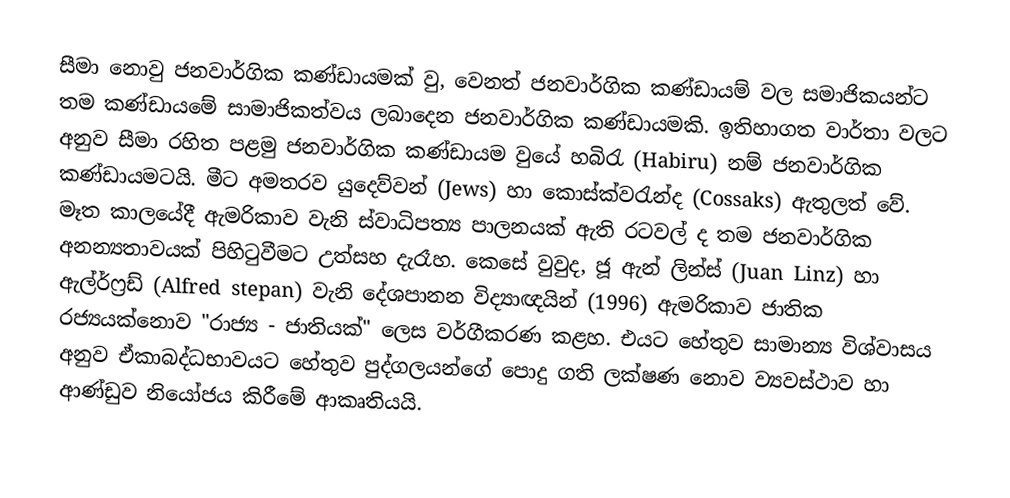
සීමා නොවු ජනවාර්ගික කණ්ඩායමක් වු, වෙනත් ජනවාර්ගික කණ්ඩායම් වල සමාජිකයන්ට තම කණ්ඩායමේ සාමාජිකත්වය ලබාදෙන ජනවාර්ගික කණ්ඩායමකි. ඉතිහාගත වාර්තා වලට අනුව සීමා රහිත පළමු ජනවාර්ගික කණ්ඩායම වුයේ හබිරැ (Habiru)  නම් ජනවාර්ගික කණ්ඩායමටයි. මීට අමතරව යුදෙව්වන් (Jews) හා කොස්ක්වරැන්ද (Cossaks) ඇතුලත් වේ. මෑත කාලයේදී ඇමරිකාව වැනි ස්වාධිපත්‍ය පාලනයක් ඇති රටවල් ද තම ජනවාර්ගික අනන්‍යතාවයක් පිහිටුවීමට උත්සහ දැරෑහ. කෙසේ වුවුද, ජූ ඇන් ලින්ස්  (Juan  Linz) හා ඇල්ර්ෆ්‍රඩ් (Alfred stepan) වැනි දේශපානන විද්‍යාඥයින් (1996) ඇමරිකාව ජාතික රජ්‍යයක්‍‍නොව "රාජ්‍ය - ජාතියක්" ලෙස වර්ගීකරණ කළහ. එයට හේතුව සාමාන්‍ය විශ්වාසය අනුව ඒකාබද්ධභාවයට හේතුව පුද්ගලයන්ගේ පොදු ගති ලක්ෂණ නොව ව්‍යවස්ථාව හා ආණ්ඩුව නියෝජය කිරීමේ ආකෘතියයි.